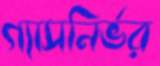
গ্যাসনির্ভর